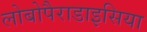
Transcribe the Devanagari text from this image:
लोबोपैराडाइसिया